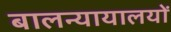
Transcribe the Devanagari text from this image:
बालन्यायालयों